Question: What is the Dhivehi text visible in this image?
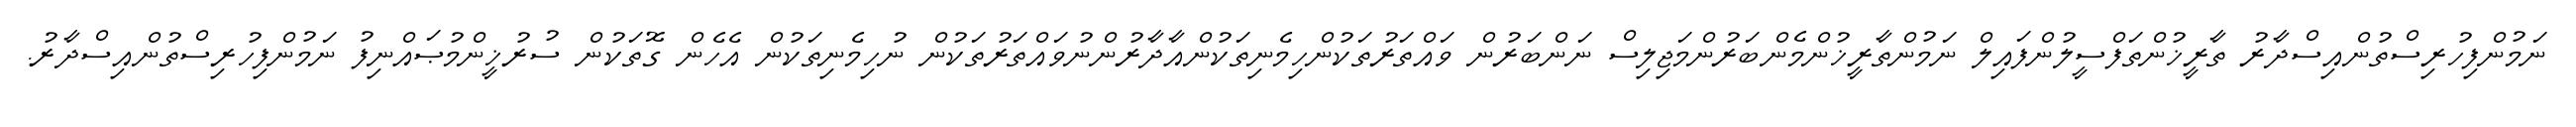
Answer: ނަމުންފިހުރިސްތުންއިސްދާރު ތާރީޚުންތަފްސީލުންފައިލް ނަމުންތާރީޚުންމެންބަރުންމަޖިލިސް ނަންބަރުން ވައްތަރުތަކުންހިމެނިތަކުންއާދާރުންނުވައްތަރުތަކުން ނުހިމެނިތަކުން އެހެން ގޮތަކުން ސުރުޚީންމުޞައްނިފު ނަމުންފިހުރިސްތުންއިސްދާރު.